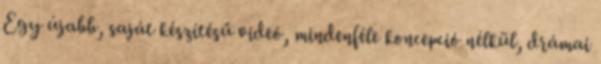
Egy újabb, saját készítésű videó, mindenféle koncepció nélkül, drámai